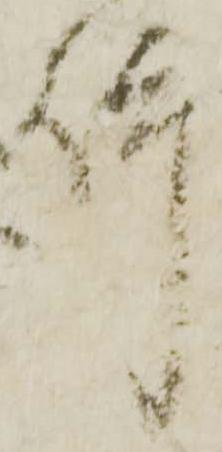
件